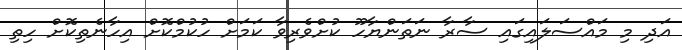
އަދި މި މައްސަލައިގައި ސާރާ ނަތަންޔާހޫ ކުށްވެރިވާ ކަމަށް ހުކުމްކޮށް އިހާނެތިކޮށް ހިތި